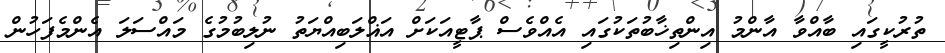
ތުރުކީގައި ބާއްވާ އާންމު އިންތިޚާބުތަކުގައި އެއްވެސް ޕާޓީއަކަށް އަޣްލަބިއްޔަތު ނުލިބުމުގެ މައްސަލަ އެންމެފަހުން